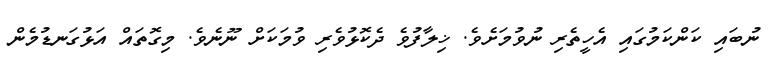
ނުބައި ކަންކަމުގައި އެހީތެރި ނުވުމަށެވެ. ޚިލާފުވެ ދެކޮޅުވެރި ވުމަކަށް ނޫނެވެ. މިގޮތައް އަޅުގަނޑުމެން